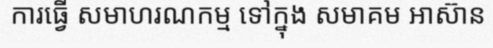
ការធ្វើ សមាហរណកម្ម ទៅក្នុង សមាគម អាស៊ាន